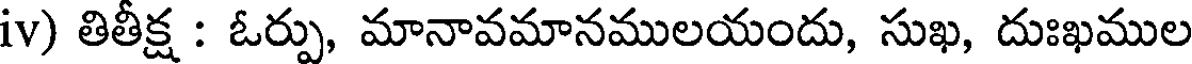
iv) తితీక్ష : ఓర్పు, మానావమానములయందు, సుఖ, దుఃఖముల